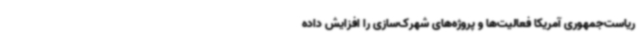
ریاست‌جمهوری آمریکا فعالیت‌ها و پروژه‌های شهرک‌سازی را افزایش داده